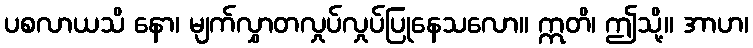
ပစလာယသိ နော၊ မျက်လွှာတလှုပ်လှုပ်ပြုနေသလော။ ဣတိ၊ ဤသို့။ အာဟ၊